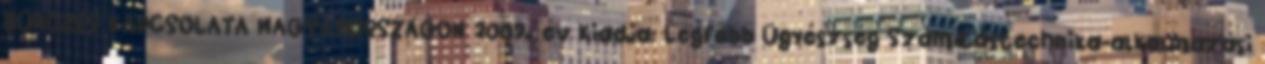
BŰNÖZÉS KAPCSOLATA MAGYARORSZÁGON 2009. év Kiadja: Legfőbb Ügyészség Számítástechnika-alkalmazási